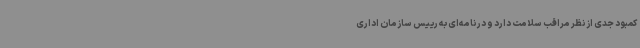
کمبود جدی از نظر مراقب سلامت دارد و در نامه‌ای به رییس سازمان اداری